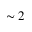
\sim 2